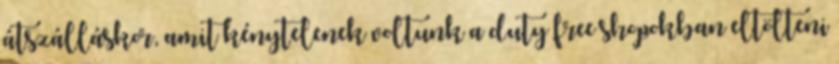
átszálláskor, amit kénytelenek voltunk a duty free shopokban eltölteni